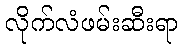
လိုက်လံဖမ်းဆီးရာ